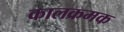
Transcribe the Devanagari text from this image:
कालक्रमक